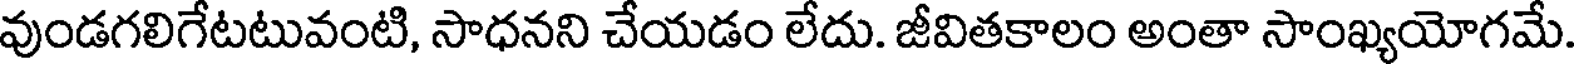
వుండగలిగేటటువంటి, సాధనని చేయడం లేదు. జీవితకాలం అంతా సాంఖ్యయోగమే.